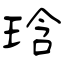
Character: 琀